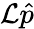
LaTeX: \mathcal L\hat{p}